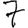
Digit: 7